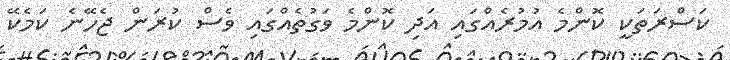
ކަސްރަތަކީ ކޮންމެ އުމުރެއްގައި އަދި ކޮންމެ ވަގުތެއްގައި ވެސް ކުރަން ޖެހޭނެ ކަމެކޭ